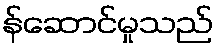
န်ဆောင်မှုသည်